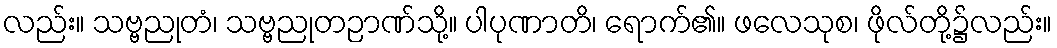
လည်း။ သဗ္ဗညုတံ၊ သဗ္ဗညုတဉာဏ်သို့။ ပါပုဏာတိ၊ ရောက်၏။ ဖလေသုစ၊ ဖိုလ်တို့၌လည်း။